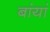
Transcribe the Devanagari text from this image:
बांयां